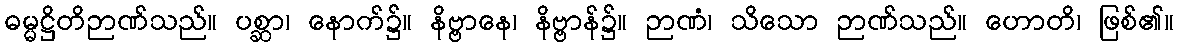
ဓမ္မဋ္ဌိတိဉာဏ်သည်။ ပစ္ဆာ၊ နောက်၌။ နိဗ္ဗာနေ၊ နိဗ္ဗာန်၌။ ဉာဏံ၊ သိသော ဉာဏ်သည်။ ဟောတိ၊ ဖြစ်၏။